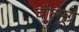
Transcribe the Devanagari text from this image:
चौल्मूग्र